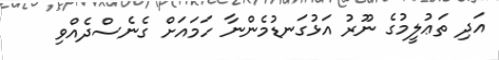
އަދި ތަޢުލީމުގެ ނޫރު އަޅުގަނޑުމެންނާ ހަމައަށް ގެނެސްދެއްވި